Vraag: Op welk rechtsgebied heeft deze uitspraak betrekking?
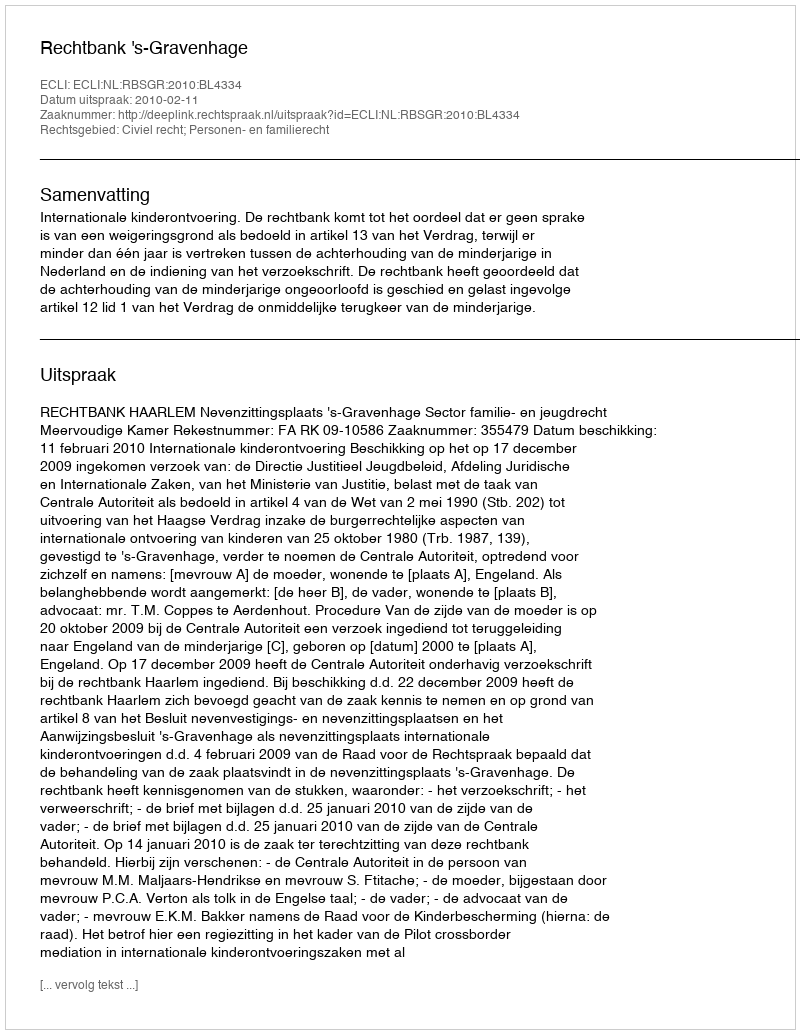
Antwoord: Civiel recht; Personen- en familierecht